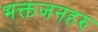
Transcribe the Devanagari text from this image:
भक्तजनहरु